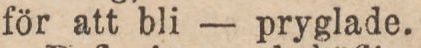
för att bli — pryglade.